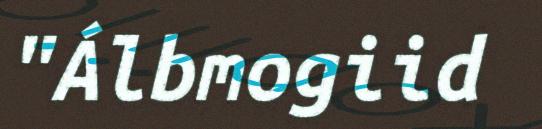
"Álbmogiid